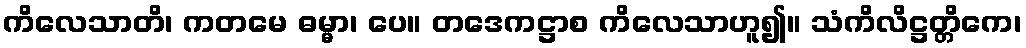
ကိလေသာတိ၊ ကတမေ ဓမ္မာ၊ ပေ။ တဒေကဋ္ဌာစ ကိလေသာဟူ၍။ သံကိလိဋ္ဌတ္တိကေ၊